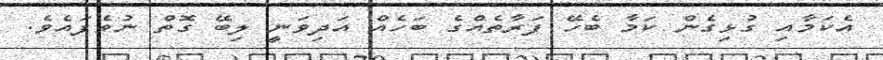
އެކަމާއި ގުޅިގެން ކަމާ ބެހޭ ފަރާތެއްގެ ބަހެއް އަދިވަނީ ލިބޭ ގޮތް ނުވެފައެވެ.